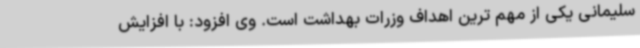
سلیمانی یکی از مهم ترین اهداف وزرات بهداشت است. وی افزود: با افزایش